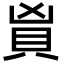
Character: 𬥑